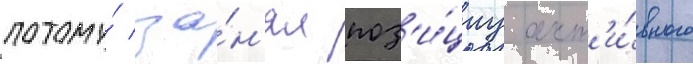
потому́ за́н'ял поз'и́циу акт'и́вного